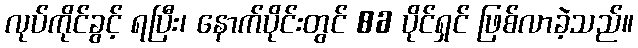
လုပ်ကိုင်ခွင့် ရပြီး၊ နောက်ပိုင်းတွင် 86 ပိုင်ရှင် ဖြစ်လာခဲ့သည်။